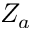
Z _ { a }